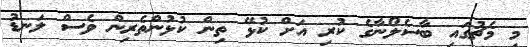
މި މެޗުގައި ބާސެލޯނާގެ ކުރި އަށް ކުޅޭ ތިން ކުޅުންތެރިން ވެސް ލަނޑު